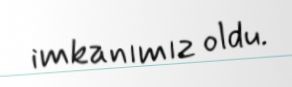
imkanımız oldu.